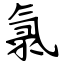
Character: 氯